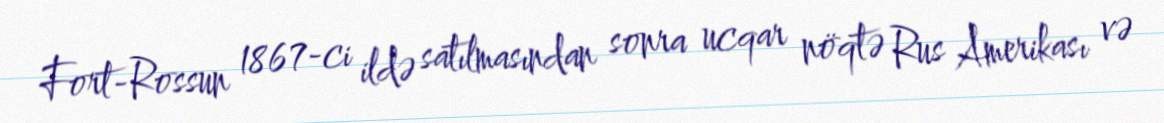
Fort-Rossun 1867-ci ildə satılmasından sonra ucqar nöqtə Rus Amerikası və